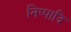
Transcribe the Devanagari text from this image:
निष्पादि